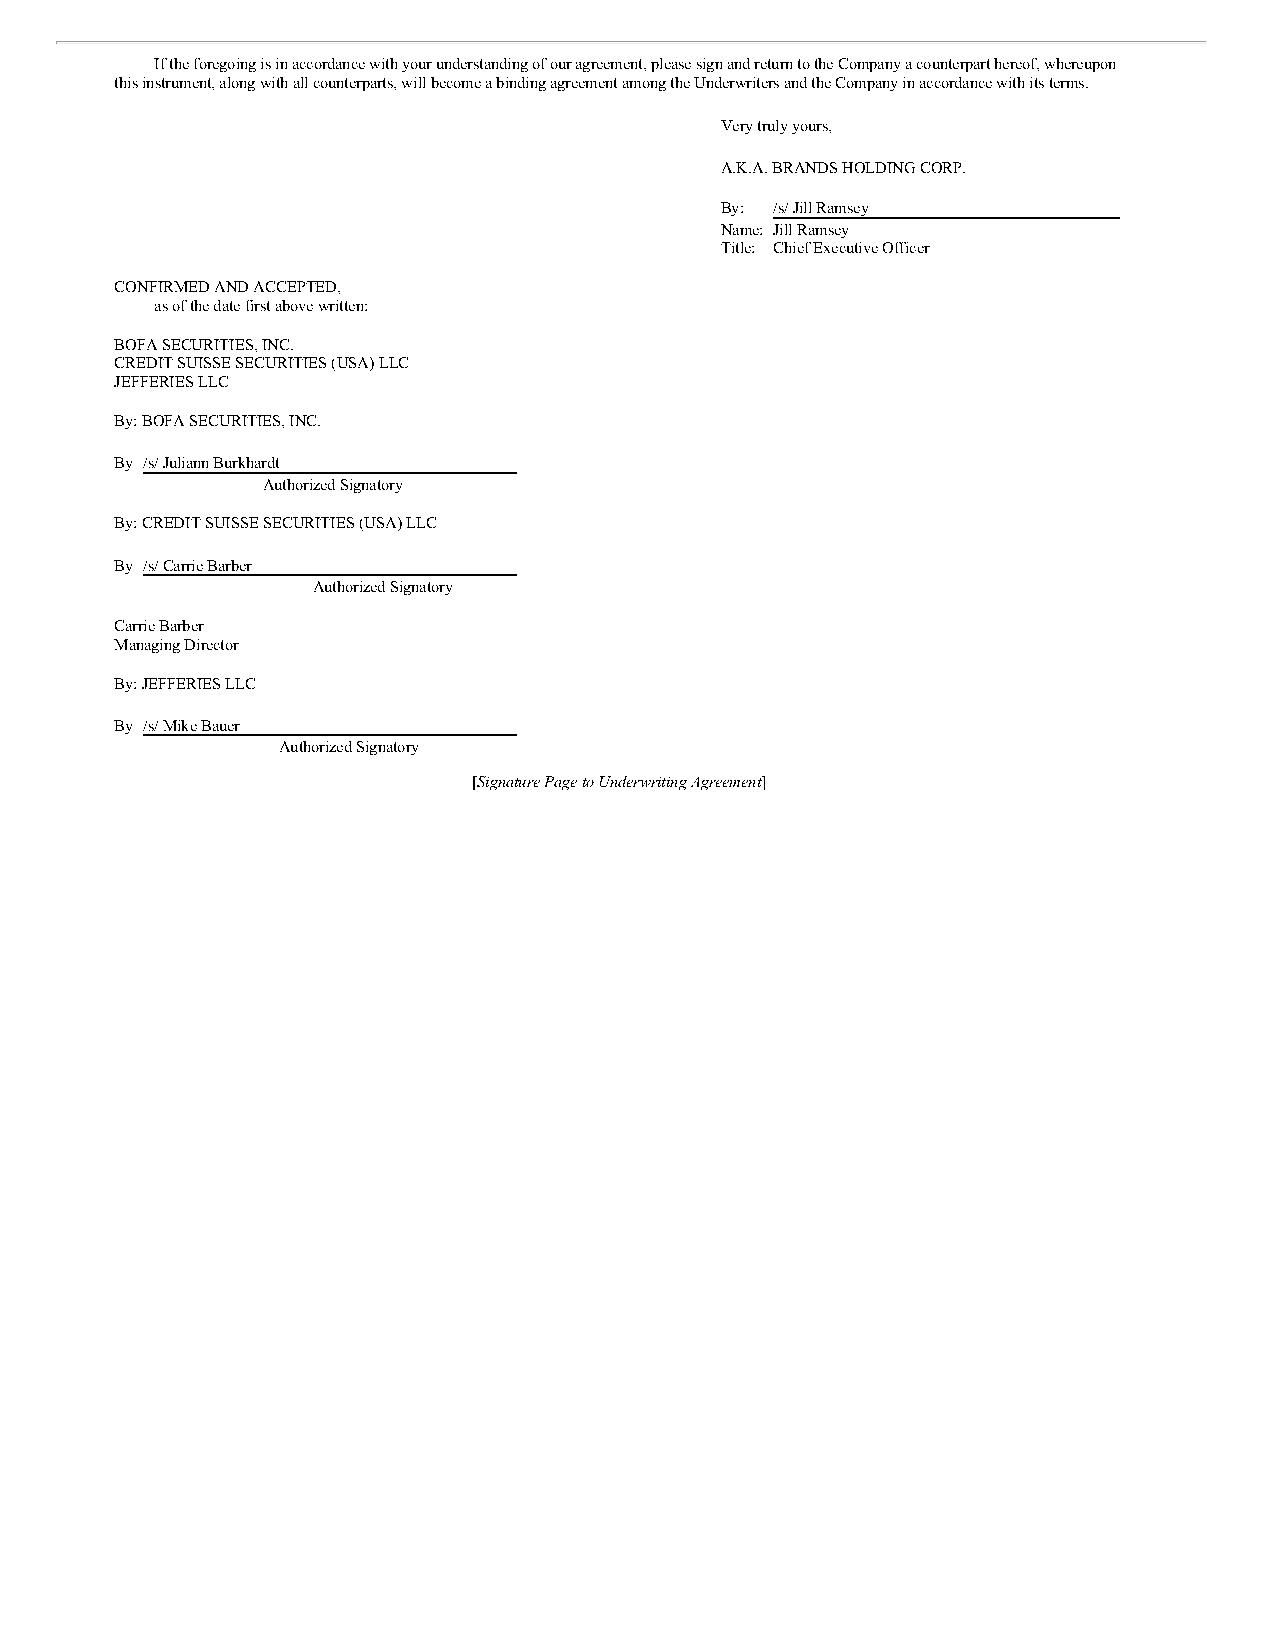
If the foregoing is in accordance with your understanding of our agreement, please sign and return to the Company a counterpart hereof, whereupon
 this instrument, along with all counterparts, will become a binding agreement among the Underwriters and the Company in accordance with its terms.
 Very truly yours,
 A.K.A. BRANDS HOLDING CORP.
 By: /s/ Jill Ramsey
 Name: Jill Ramsey
 Title: Chief Executive Officer
 CONFIRMED AND ACCEPTED,
 as of the date first above written:
 BOFA SECURITIES, INC.
 CREDIT SUISSE SECURITIES (USA) LLC
 JEFFERIES LLC
 By: BOFA SECURITIES, INC.
 By /s/ Juliann Burkhardt
 Authorized Signatory
 By: CREDIT SUISSE SECURITIES (USA) LLC
 By /s/ Carrie Barber
 Authorized Signatory
 Carrie Barber
 Managing Director
 By: JEFFERIES LLC
 By /s/ Mike Bauer
 Authorized Signatory
 [Signature Page to Underwriting Agreement]